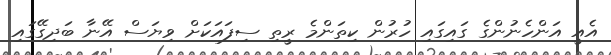
އެއީ އަންހެނުންގެ ގައިގައި ހުރުން ކިތަންމެ ރީތި ސިފައަކަށް ވިޔަސް އޭނާ ބަދިގޭގައި